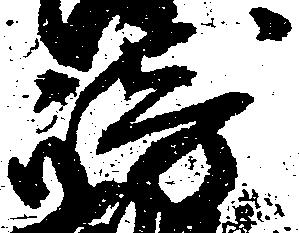
崎